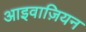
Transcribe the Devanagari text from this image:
आइवाज़ियन